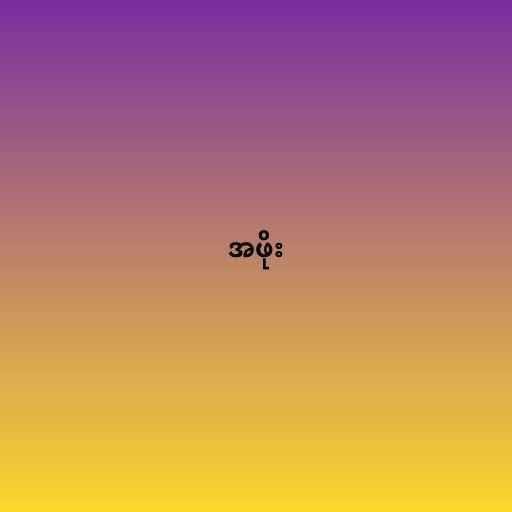
အဖိုး